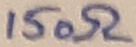
Text: 150Ω